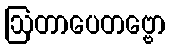
ဩတာပေတဗ္ဗော